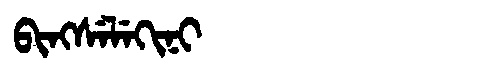
Manchu: ᠪᡳᠩᠰᡝᠯᡝᡴᡳᠨᡳ
Romanization: BINGSELEKINI